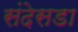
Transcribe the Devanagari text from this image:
संदेसडा